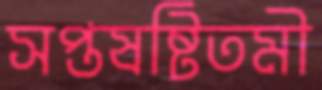
সপ্তষষ্টিতমী